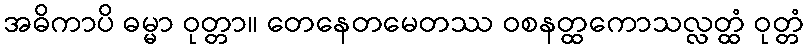
အဓိကာပိ ဓမ္မာ ဝုတ္တာ။ တေနေတမေတဿ ဝစနတ္ထကောသလ္လတ္ထံ ဝုတ္တံ